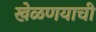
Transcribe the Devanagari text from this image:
खेळणयाची